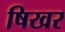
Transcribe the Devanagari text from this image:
षिखर